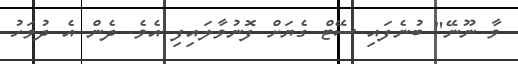
ވާ ނޫނޭ" ބުނެފައި ސޭޓް ގެޔަށް ފޮނުވާލައިފި އެވެ. ދެން އެ ދުވަހު